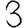
Digit: 3